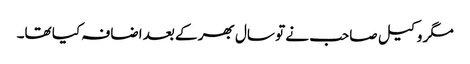
مگر وکیل صاحب نے تو سال بھر کے بعد اضافہ کیا تھا۔